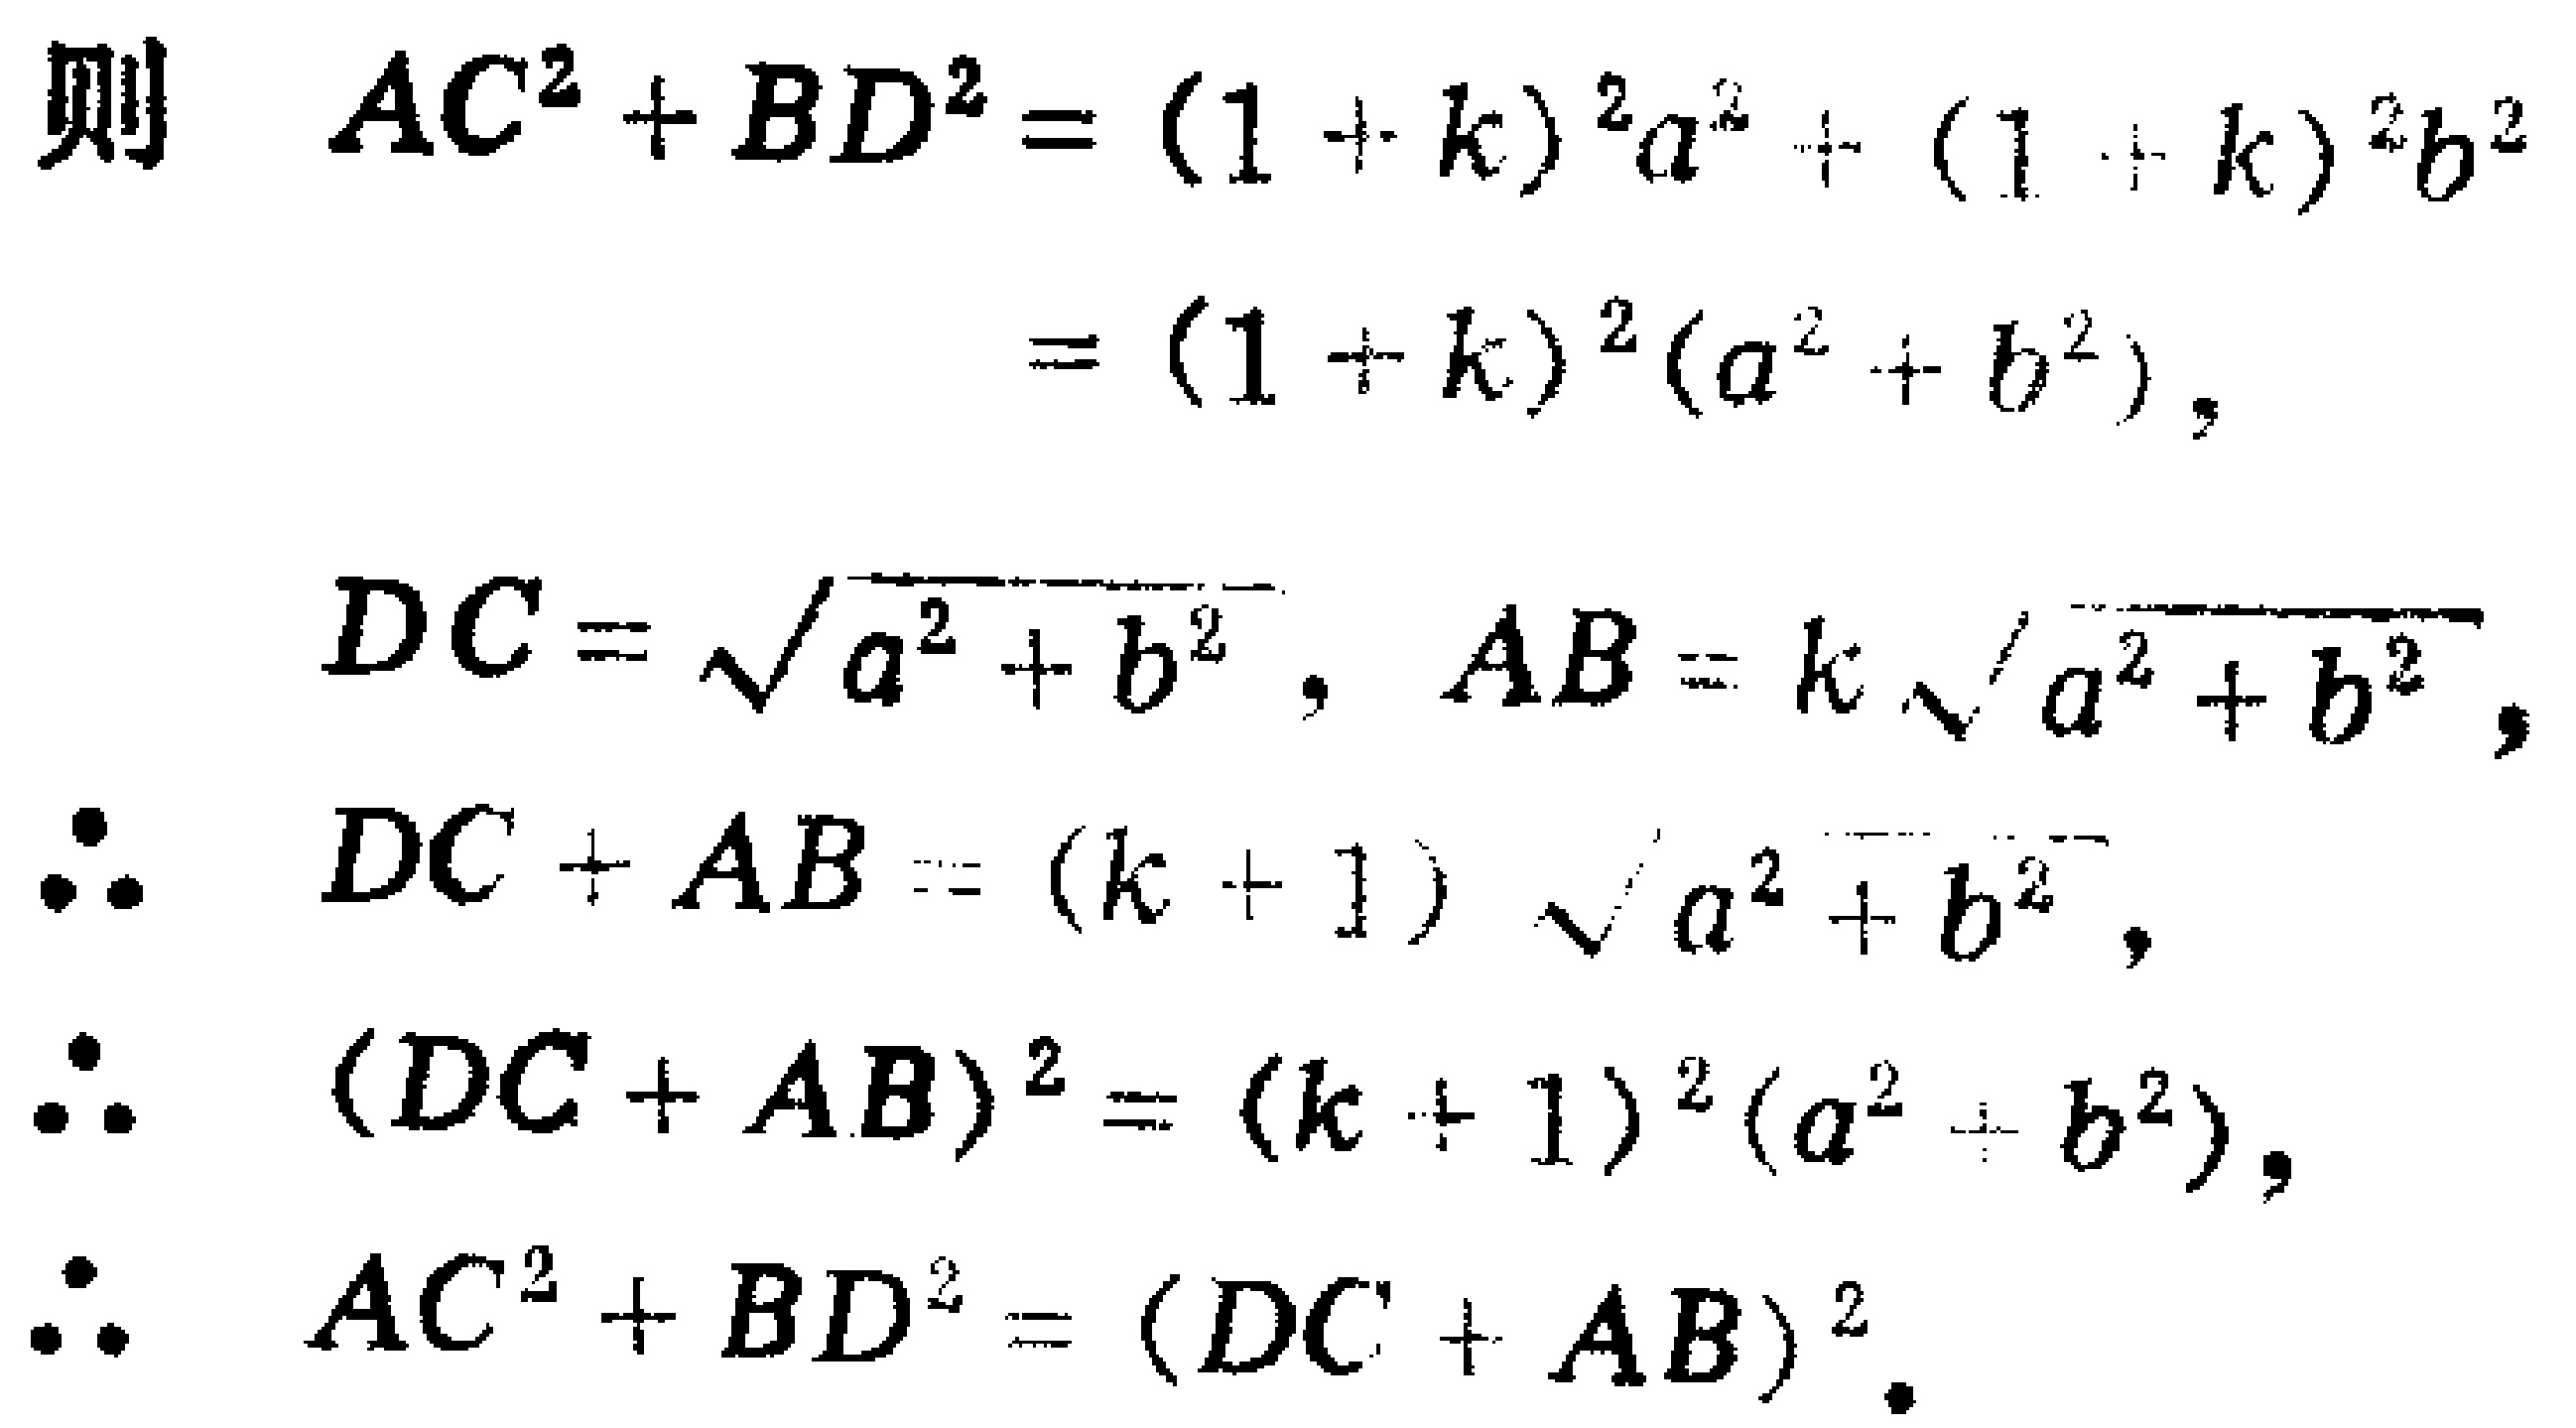
则
\[
\begin{align*}
AC^{2}+BD^{2}&=(1 + k)^{2}a^{2}+(1 + k)^{2}b^{2}\\
&=(1 + k)^{2}(a^{2}+b^{2}),\\
DC&=\sqrt{a^{2}+b^{2}},\ AB = k\sqrt{a^{2}+b^{2}},\\
\therefore\ DC + AB&=(k + 1)\sqrt{a^{2}+b^{2}},\\
\therefore\ (DC + AB)^{2}&=(k + 1)^{2}(a^{2}+b^{2}),\\
\therefore\ AC^{2}+BD^{2}&=(DC + AB)^{2}.
\end{align*}
\]